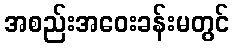
အစည်းအဝေးခန်းမတွင်